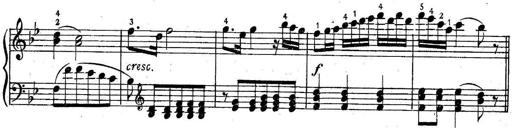
Title: 6 Easy Sonatinas
Composer: Carl Czerny